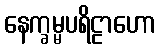
နေက္ခမ္မပရိဠာဟော